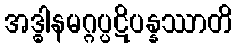
အဒ္ဓါနမဂ္ဂပ္ပဋိပန္နဿာတိ